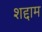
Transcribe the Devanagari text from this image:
शद्दाम